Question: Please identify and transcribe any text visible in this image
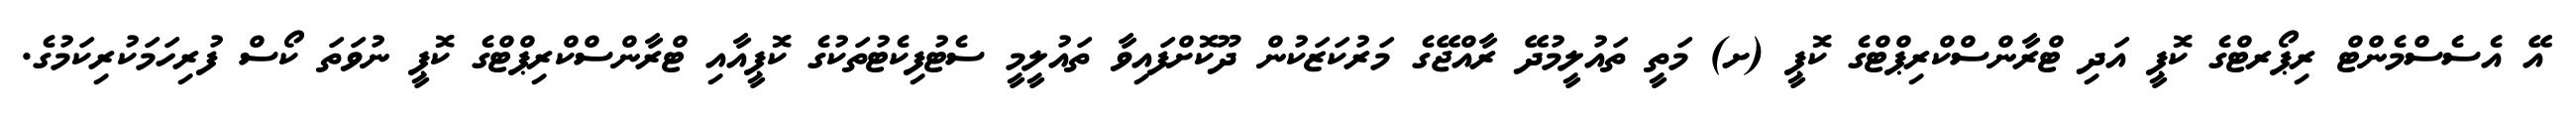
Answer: އޭ އެސެސްމެންޓް ރިޕޯރޓްގެ ކޮޕީ އަދި ޓްރާންސްކްރިޕްޓްގެ ކޮޕީ (ށ) މަތީ ތައުލީމުދޭ ރާއްޖޭގެ މަރުކަޒަކުން ދޫކޮށްފައިވާ ތައުލީމީ ސެޓުފިކެޓުތަކުގެ ކޮޕީއާއި ޓްރާންސްކްރިޕްޓްގެ ކޮޕީ ނުވަތަ ކޯސް ފުރިހަމަކުރިކަމުގެ.